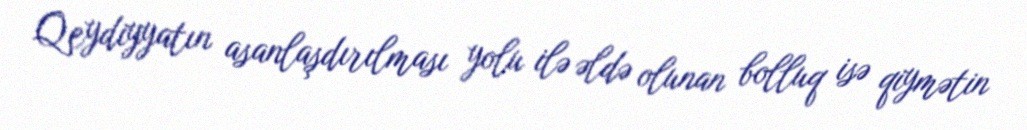
Qeydiyyatın asanlaşdırılması yolu ilə əldə olunan bolluq isə qiymətin